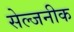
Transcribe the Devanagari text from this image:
सेल्जनीक